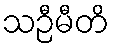
သဉီမီတိ